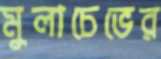
মুলাচেভের